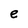
Character: e